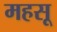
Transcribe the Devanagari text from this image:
महसू